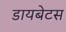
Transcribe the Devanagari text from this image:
डायबेटस